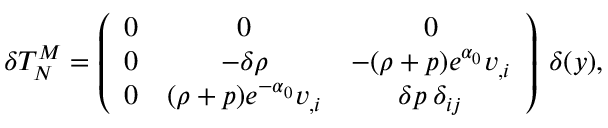
\delta T _ { N } ^ { M } = \left( \begin{array} { c c c } { { 0 } } & { { 0 } } & { { 0 } } \\ { { 0 } } & { { - \delta \rho } } & { { - ( \rho + p ) e ^ { \alpha _ { 0 } } v _ { , i } } } \\ { { 0 } } & { { ( \rho + p ) e ^ { - \alpha _ { 0 } } v _ { , i } } } & { { \delta p \: \delta _ { i j } } } \end{array} \right) \: \delta ( y ) ,